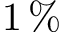
1 \, \%